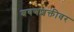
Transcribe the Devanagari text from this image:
श्रवणशक्तीवर